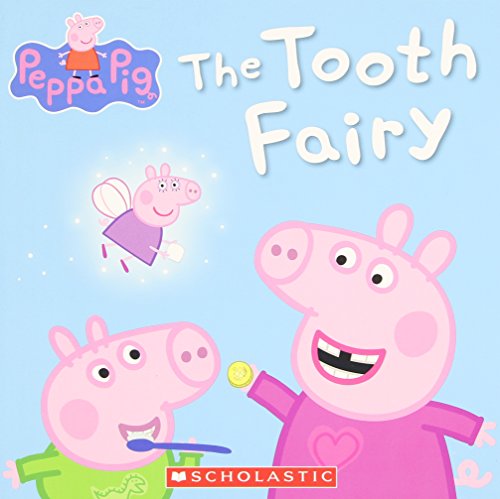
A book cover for Peppa Pig: The Tooth Fairy; Scholastic; Children's Books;